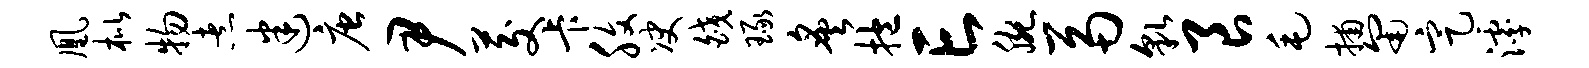
凰枇物煮迷唐尹茭卡腹决皎琢炙抱亡腕鬲貌良毛捕匍定滹